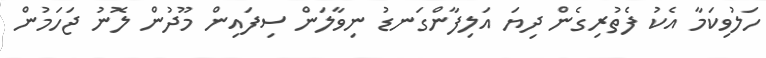
ހަލުވިކަމާ އެކު ފެތުރިގެން ދިޔަ އަލިފާންގަނޑު ނިވާލަން ސިފައިން މޫދުން ލޮނު ޖަހަމުން